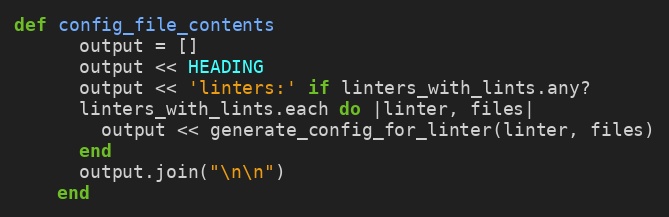
Language: Ruby
def config_file_contents
      output = []
      output << HEADING
      output << 'linters:' if linters_with_lints.any?
      linters_with_lints.each do |linter, files|
        output << generate_config_for_linter(linter, files)
      end
      output.join("\n\n")
    end